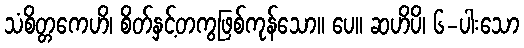
သံစိတ္တကေဟိ၊ စိတ်နှင့်တကွဖြစ်ကုန်သော။ ပေ။ ဆဟိပိ၊ ၆-ပါးသော